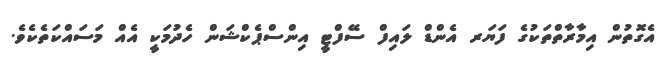
އެގޮތުން އިމާރާތްތަކުގެ ފަޔަރ އެންޑް ލައިފް ސޭފްޓީ އިންސްޕެކްޝަން ހެދުމަކީ އެއް މަސައްކަތެކެވެ.